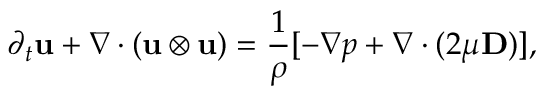
\partial _ { t } \mathbf { u } + \nabla \cdot ( \mathbf { u } \otimes \mathbf { u } ) = \frac { 1 } { \rho } [ - \nabla p + \nabla \cdot ( 2 \mu \mathbf { D } ) ] ,